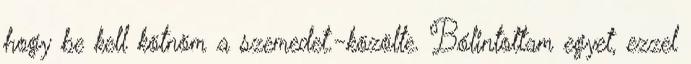
hogy be kell kötnöm a szemedet.-közölte. Bólintottam egyet, ezzel